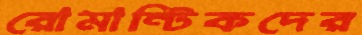
রোমান্টিকদের